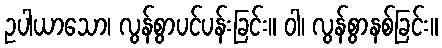
ဥပါယာသော၊ လွန်စွာပင်ပန်းခြင်း။ ဝါ၊ လွန်စွာနစ်ခြင်း။